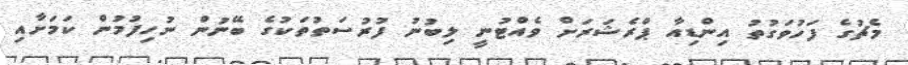
މެޗުގެ ފަހުވަގުތު އިންޑިއާ ޕްރެޝަރަށް ވެއްޓުނީ ލިބުނު ފުރުސަތުތަކުގެ ބޭނުން ނުހިފުމުން ކަމަށާއި